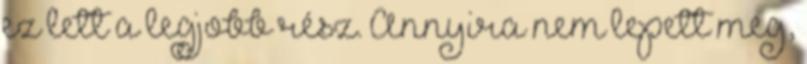
ez lett a legjobb rész. Annyira nem lepett meg,